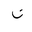
Letter: _non